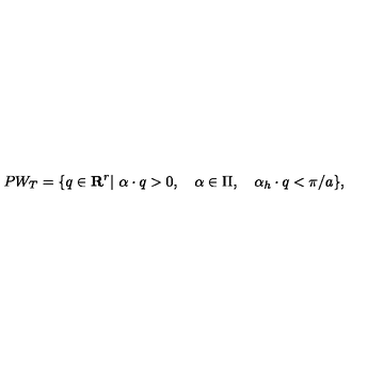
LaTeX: P W _ { T } = \{ q \in { \bf R } ^ { r } | \ \alpha \cdot q > 0 , \quad \alpha \in \Pi , \quad \alpha _ { h } \cdot q < \pi / a \} ,